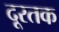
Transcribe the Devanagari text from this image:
दूरतक